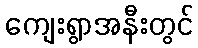
ကျေးရွာအနီးတွင်